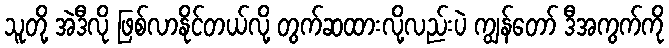
သူတို့ အဲဒီလို ဖြစ်လာနိုင်တယ်လို့ တွက်ဆထားလို့လည်းပဲ ကျွန်တော် ဒီအကွက်ကို